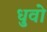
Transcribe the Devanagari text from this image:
धुवो